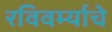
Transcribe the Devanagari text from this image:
रविवर्म्याचे